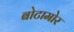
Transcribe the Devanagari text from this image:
बोटामोर